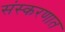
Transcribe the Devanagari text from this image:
संस्करणात